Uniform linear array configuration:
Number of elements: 12
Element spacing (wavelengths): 0.25
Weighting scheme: uniform
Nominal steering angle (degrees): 60
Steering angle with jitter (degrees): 60.291
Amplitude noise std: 0.05
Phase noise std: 0.05

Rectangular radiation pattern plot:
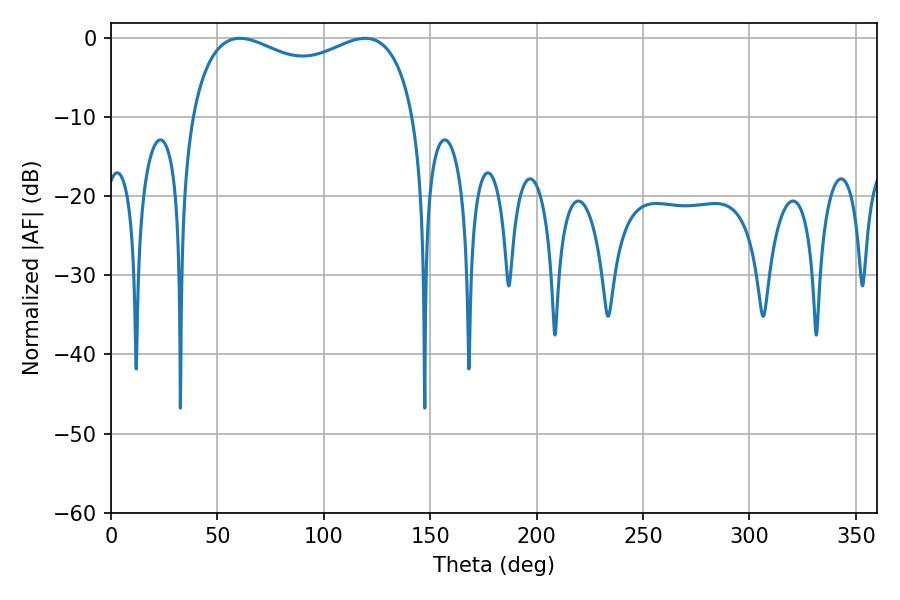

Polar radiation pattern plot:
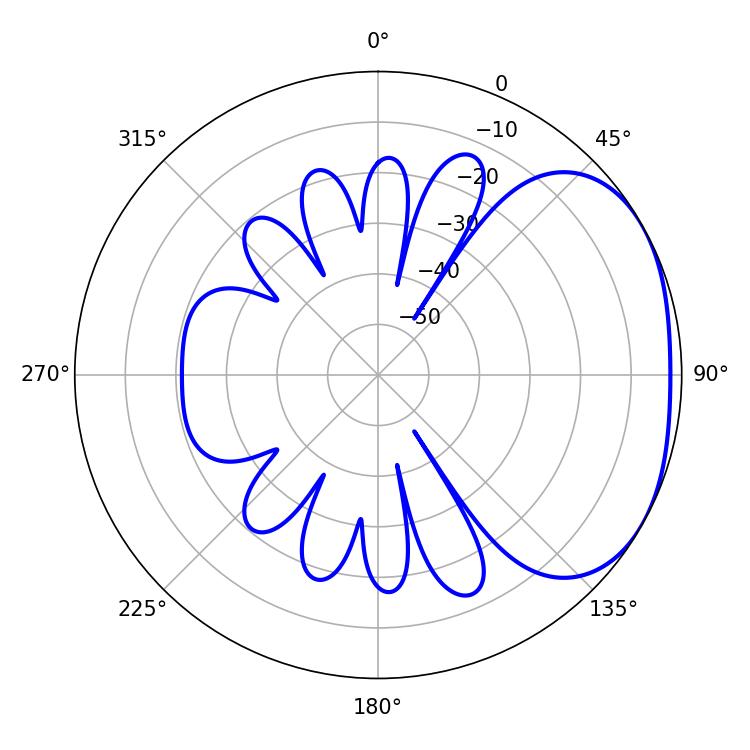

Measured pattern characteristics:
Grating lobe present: FALSE
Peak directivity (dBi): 2.431
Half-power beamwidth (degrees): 87.12
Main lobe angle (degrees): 60.48